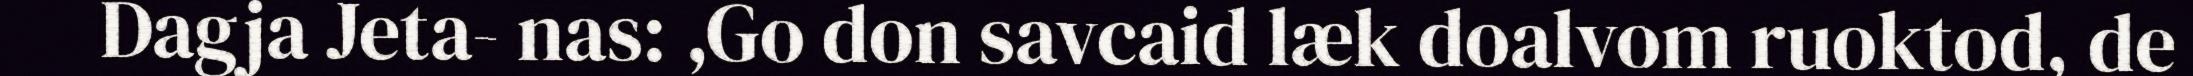
Dagja Jeta- nas: ,Go don savcaid læk doalvom ruoktod, de